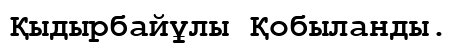
Қыдырбайұлы Қобыланды.